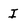
Character: I